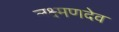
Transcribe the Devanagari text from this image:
लक्ष्‍मणदेव